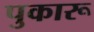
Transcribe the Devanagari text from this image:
पुकारू